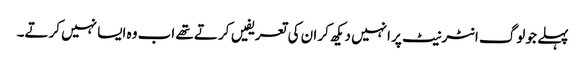
پہلے جو لوگ انٹرنیٹ پر انہیں دیکھ کر ان کی تعریفیں کرتے تھے اب وہ ایسا نہیں کرتے۔